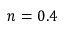
n = 0 . 4